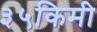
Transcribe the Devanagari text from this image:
३५किमी